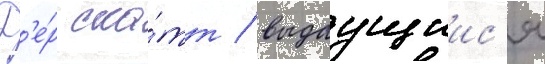
Д'е́р ска́тт / выдаущиис'я